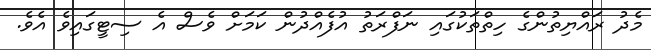
މެދު ރައްޔިތުންގެ ހިތްތަކުގައި ނަފްރަތު އުފެއްދުން ކަމަށް ވެސް އެ ސިޓީގައިވެ އެވެ.